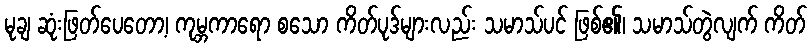
မုချ ဆုံးဖြတ်ပေတော့၊ ကုမ္ဘကာရော စသော ကိတ်ပုဒ်များလည်း သမာသ်ပင် ဖြစ်၏၊ သမာသ်တွဲလျက် ကိတ်